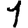
Digit: 1